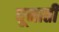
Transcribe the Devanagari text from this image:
घूमाती